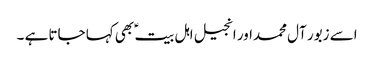
اسے زبور آل محمداور انجیل اہل بیت ؑ بھی کہا جاتا ہے ۔